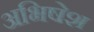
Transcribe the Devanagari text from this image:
अभिषेश